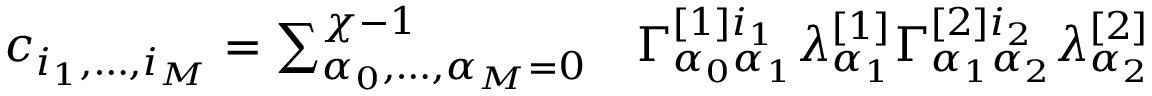
\begin{array} { r l } { c _ { i _ { 1 } , \dots , i _ { M } } = \sum _ { \alpha _ { 0 } , \dots , \alpha _ { M } = 0 } ^ { \chi - 1 } } & { { } \Gamma _ { \alpha _ { 0 } \alpha _ { 1 } } ^ { [ 1 ] i _ { 1 } } \lambda _ { \alpha _ { 1 } } ^ { [ 1 ] } \Gamma _ { \alpha _ { 1 } \alpha _ { 2 } } ^ { [ 2 ] i _ { 2 } } \lambda _ { \alpha _ { 2 } } ^ { [ 2 ] } } \end{array}